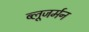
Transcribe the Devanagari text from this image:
ब्लूजर्मन